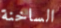
الساخنة